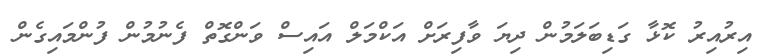
އިރުއިރު ކޮޅާ ގަޑިބަލަމުން ދިޔަ ވާފިރަށް އަކްމަލް އައިސް ވަންގޮތް ފެނުމުން ފުންމައިގެން